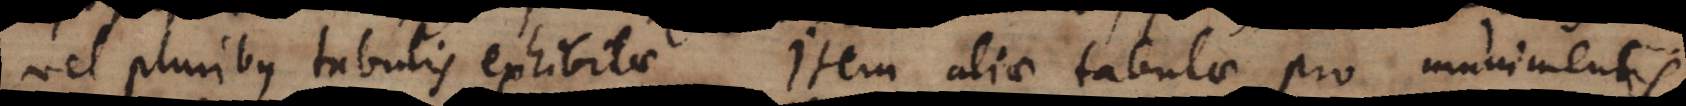
vel pluribus tabulis exhibitae. Item aliae tabulae pro munimentis